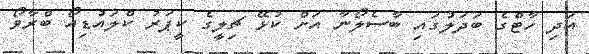
އަދި ހާޓްގެ ބަދަލުގައި ބާސެލޯނާ އަށް ކުޅޭ ޗިލީގެ ކީޕަރު ކްލައުޑިއޯ ބްރާވޯ